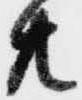
共